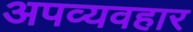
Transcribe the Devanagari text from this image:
अपव्यवहार